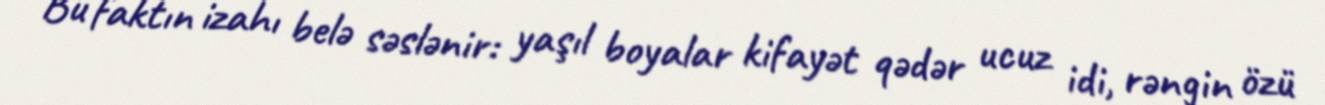
Bu faktın izahı belə səslənir: yaşıl boyalar kifayət qədər ucuz idi, rəngin özü